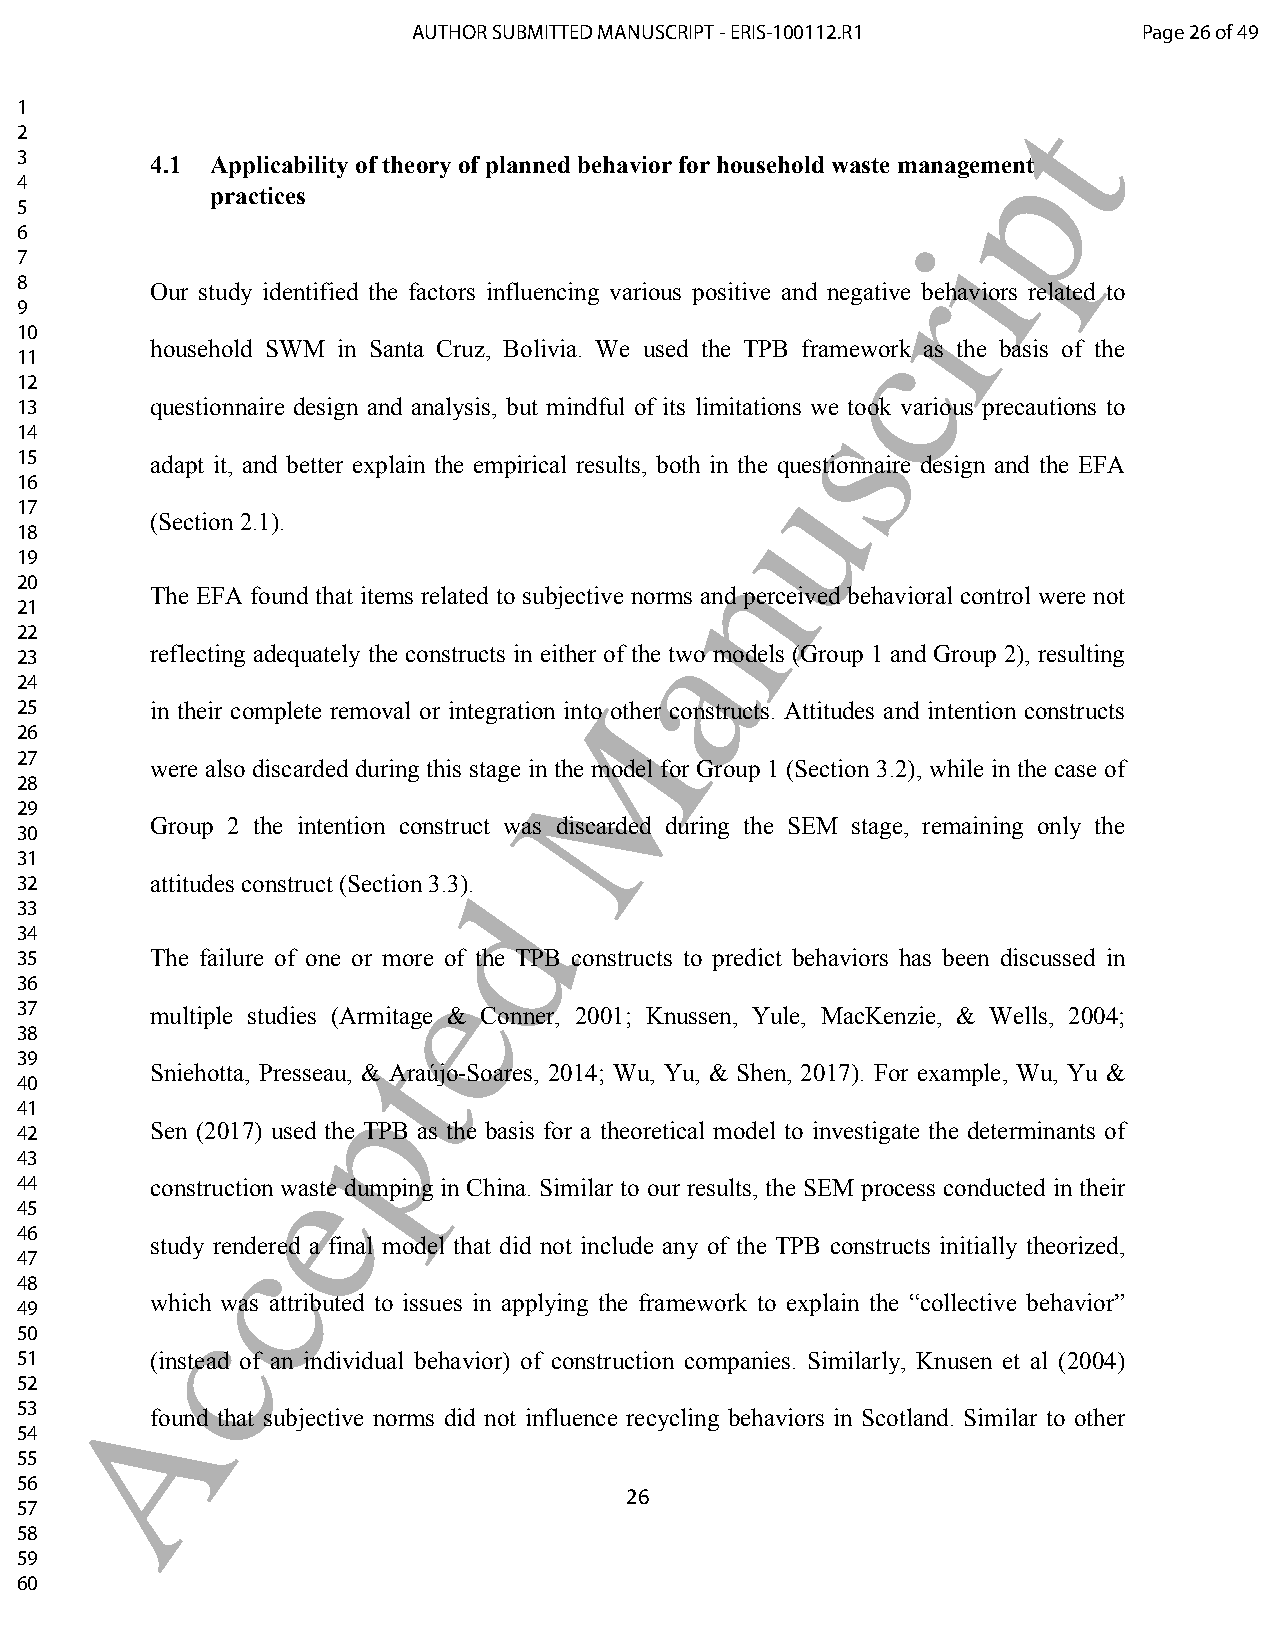
AUTHOR SUBMITTED MANUSCRIPT - ERIS-100112.R1     Page 26 of 49
 1                                                                 t
 2
 p
 3        4.1 Applicability of theory of planned behavior for household waste management
 4
 practices
 5
 6                                                           i
 7
 r
 8
 Our study identified the factors influencing various positive and negative behaviors related to
 9
 10                                                     c
 household SWM in Santa Cruz, Bolivia. We used the TPB framework as the basis of the
 11
 12
 13       questionnaire design and analysis, but mindful of its limitationss we took various precautions to
 14
 15       adapt it, and better explain the empirical results, both in thue questionnaire design and the EFA
 16
 17
 (Section 2.1).
 18
 n
 19
 20
 The EFA found that items related to subjective norms and perceived behavioral control were not
 21
 a
 22
 reflecting adequately the constructs in either of the two models (Group 1 and Group 2), resulting
 23
 24
 M
 25       in their complete removal or integration into other constructs. Attitudes and intention constructs
 26
 27
 were also discarded during this stage in the model for Group 1 (Section 3.2), while in the case of
 28
 29
 Group 2 the intention construct was discarded during the SEM stage, remaining only the
 30
 31
 32       attitudes construct (Section 3.3)d.
 33
 34
 35       The failure of one or more of the TPB constructs to predict behaviors has been discussed in
 e
 36
 37       multiple studies (Armitage & Conner, 2001; Knussen, Yule, MacKenzie, & Wells, 2004;
 38                    t
 39
 Sniehotta, Presseau, & Araújo-Soares, 2014; Wu, Yu, & Shen, 2017). For example, Wu, Yu &
 40                  p
 41
 42       Sen (2017) used the TPB as the basis for a theoretical model to investigate the determinants of
 43               e
 44       construction waste dumping in China. Similar to our results, the SEM process conducted in their
 45
 46           c
 study rendered a final model that did not include any of the TPB constructs initially theorized,
 47
 48
 49
 wchich was attributed to issues in applying the framework to explain the “collective behavior”
 50
 51       (instead of an individual behavior) of construction companies. Similarly, Knusen et al (2004)
 52     A
 53
 found that subjective norms did not influence recycling behaviors in Scotland. Similar to other
 54
 55
 56
 26
 57
 58
 59
 60